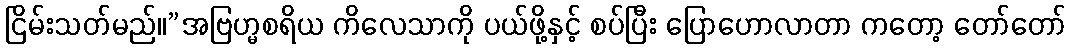
ငြိမ်းသတ်မည်။”အဗြဟ္မစရိယ ကိလေသာကို ပယ်ဖို့နှင့် စပ်ပြီး ပြောဟောလာတာ ကတော့ တော်တော်